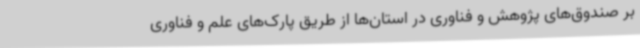
بر صندوق‌های پژوهش و فناوری در استان‌ها از طریق پارک‌های علم و فناوری